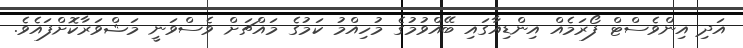
އަދި އިންވެސްޓް ފޯރަމެއް އިންޑިއާގައި ބޭއްވުމުގެ މުހިއްމު ކަމުގެ މައްޗަށް ވެސްވަނީ މަޝްވަރާކޮށްފައެވެ.